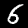
Label: 6